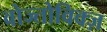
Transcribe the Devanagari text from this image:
वोज्तोविक्ज़